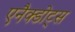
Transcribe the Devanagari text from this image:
एनैक्डोट्स